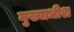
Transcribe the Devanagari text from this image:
मुख्याधीश